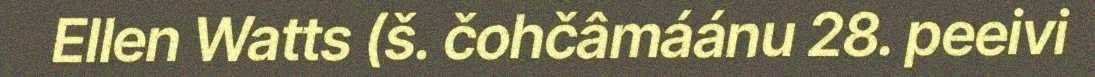
Ellen Watts (š. čohčâmáánu 28. peeivi